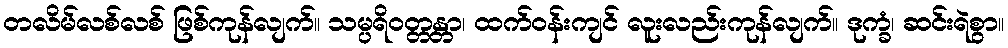
တလိမ်လစ်လစ် ဖြစ်ကုန်လျက်။ သမ္ပရိဝတ္တန္တာ၊ ထက်ဝန်းကျင် လူးလည်းကုန်လျက်။ ဒုက္ခံ၊ ဆင်းရဲစွာ။